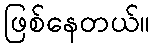
ဖြစ်နေတယ်။